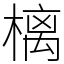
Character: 樆